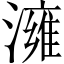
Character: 澭